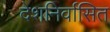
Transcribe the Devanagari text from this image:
देशनिर्वासित